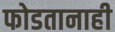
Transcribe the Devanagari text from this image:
फोडतानाही